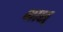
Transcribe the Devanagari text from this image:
भाश्